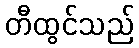
တီထွင်သည်